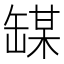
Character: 𫄼